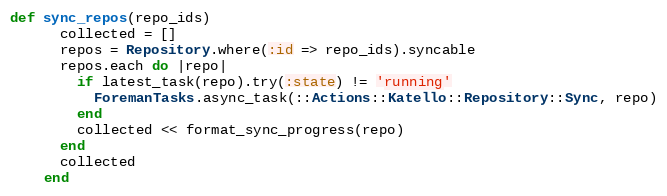
Language: Ruby
def sync_repos(repo_ids)
      collected = []
      repos = Repository.where(:id => repo_ids).syncable
      repos.each do |repo|
        if latest_task(repo).try(:state) != 'running'
          ForemanTasks.async_task(::Actions::Katello::Repository::Sync, repo)
        end
        collected << format_sync_progress(repo)
      end
      collected
    end